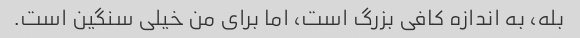
بله، به اندازه کافی بزرگ است، اما برای من خیلی سنگین است.